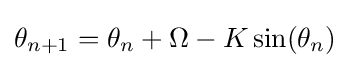
\theta _{n+1}=\theta _{n}+\Omega -K\sin(\theta _{n})